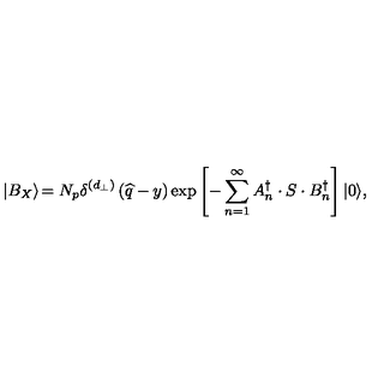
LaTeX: \left| B _ { X } \right\rangle \! = N _ { p } \delta ^ { \left( d _ { \bot } \right) } \left( \widehat { q } - y \right) \exp \left[ - \sum _ { n = 1 } ^ { \infty } A _ { n } ^ { \dagger } \cdot S \cdot B _ { n } ^ { \dagger } \right] \left| 0 \right\rangle \! ,